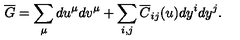
\overline { G } = \sum _ { \mu } d u ^ { \mu } d v ^ { \mu } + \sum _ { i , j } \overline { C } _ { i j } ( u ) d y ^ { i } d y ^ { j } .